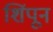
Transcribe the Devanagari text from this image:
शिंपून